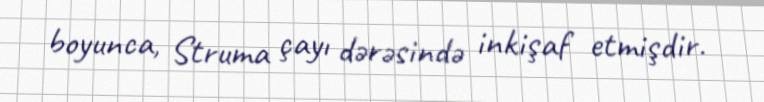
boyunca, Struma çayı dərəsində inkişaf etmişdir.